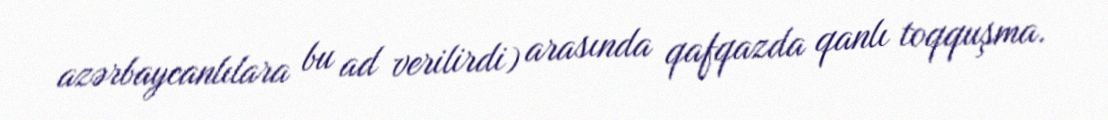
azərbaycanlılara bu ad verilirdi) arasında qafqazda qanlı toqquşma.